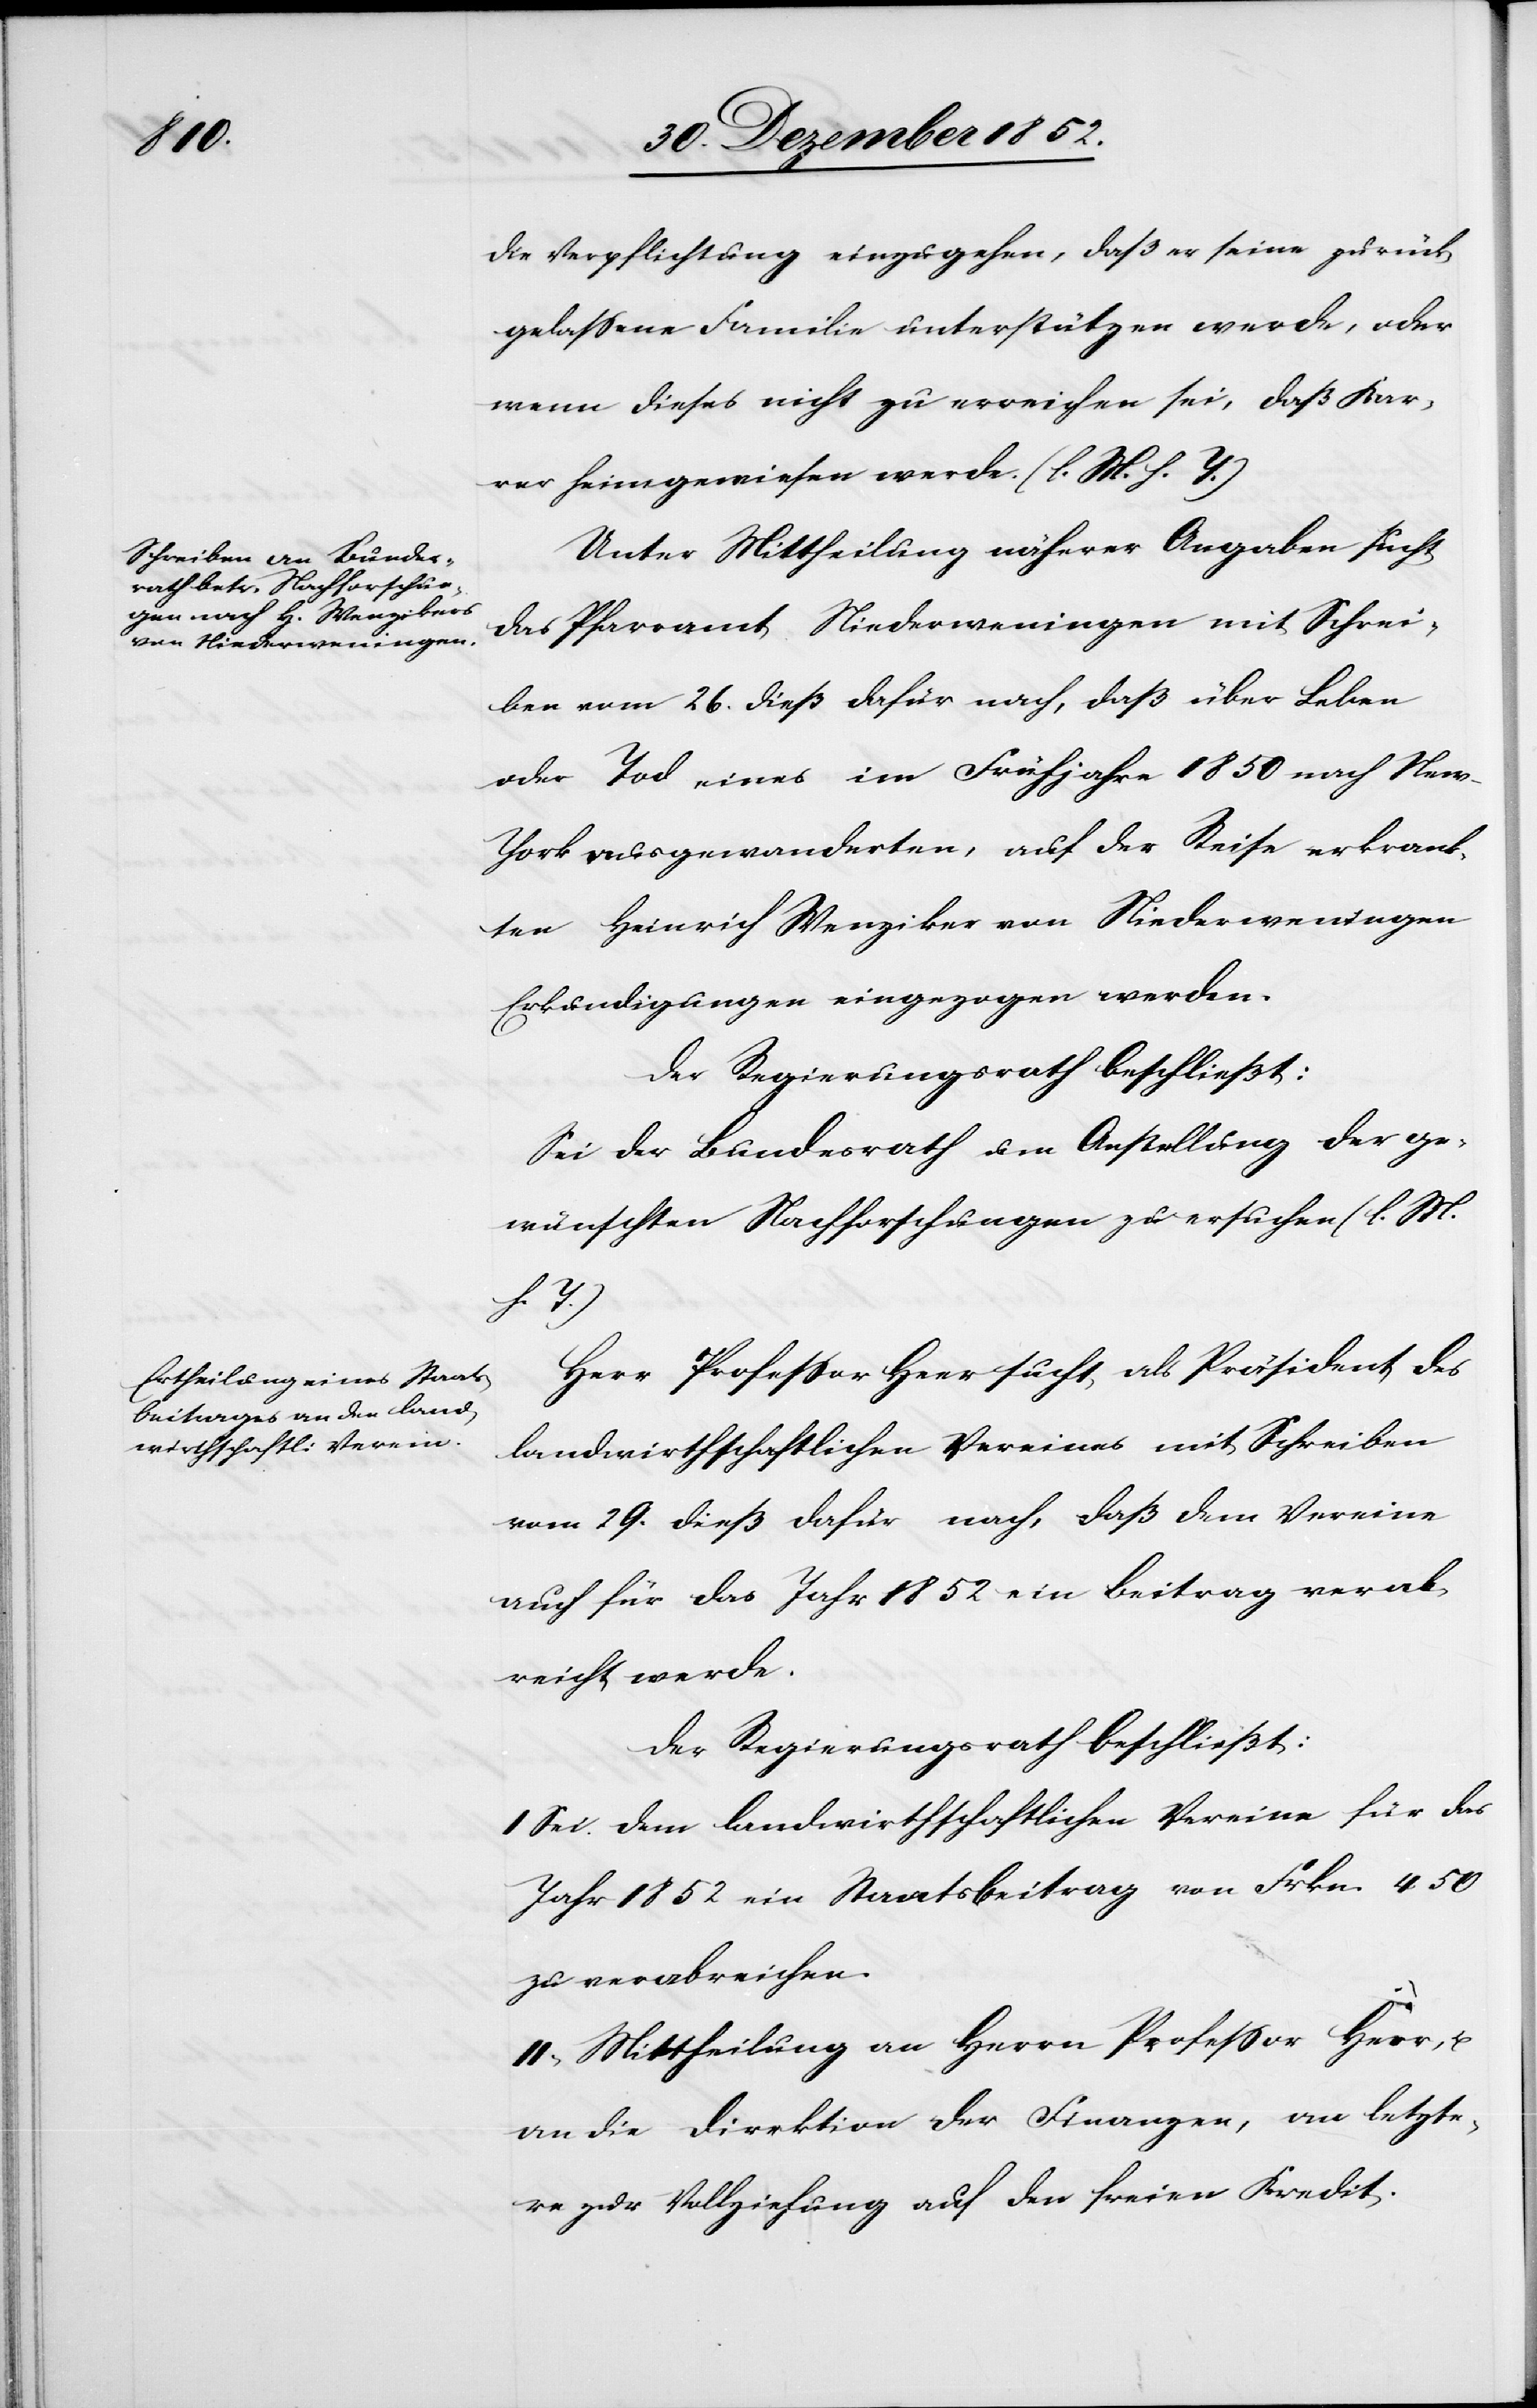
die Verpflichtung einzugehen, daß er seine zurück¬
gelassene Familie unterstützen werde, oder
wenn dieses nicht zu erreichen sei, daß Kar¬
rer heimgewiesen werde. (l. M. h. T.)
Unter Mittheilung näherer Angaben sucht
das Pfarramt Niederweningen mit Schrei¬
ben vom 26. dieß dafür nach, daß über Leben
oder Tod eines im Frühjahre 1850 nach Ne¬
w-York ausgewanderten, auf der Reise erkrank¬
ten Heinrich Wenziker [sic!] von Niederweningen
Erkundigungen eingezogen werden.
Der Regierungsrath beschließt:
Sei der Bundesrath um Anstellung der ge¬
wünschten Nachforschungen zu ersuchen (l. M.
h. T.)
Herr Professor Heer sucht als Präsident des
landwirthschaftlichen Vereines mit Schreiben
vom 29. dieß dafür nach, daß dem Vereine
auch für das Jahr 1852 ein Beitrag verab¬
reicht werde.
Der Regierungsrath beschließt:
I Sei dem landwirthschaftlichen Vereine für das
Jahr 1852 ein Staatsbeitrag von Frkn. 450
zu verabreichen.
II, Mittheilung an Herrn Professor Heer, u.
an die Direktion der Finanzen, an letzte¬
re zur Vollziehung auf den freien Kredit.